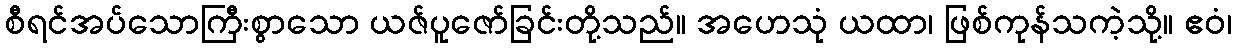
စီရင်အပ်သောကြီးစွာသော ယဇ်ပူဇော်ခြင်းတို့သည်။ အဟေသုံ ယထာ၊ ဖြစ်ကုန်သကဲ့သို့။ ဧဝံ၊